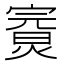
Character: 𤍘